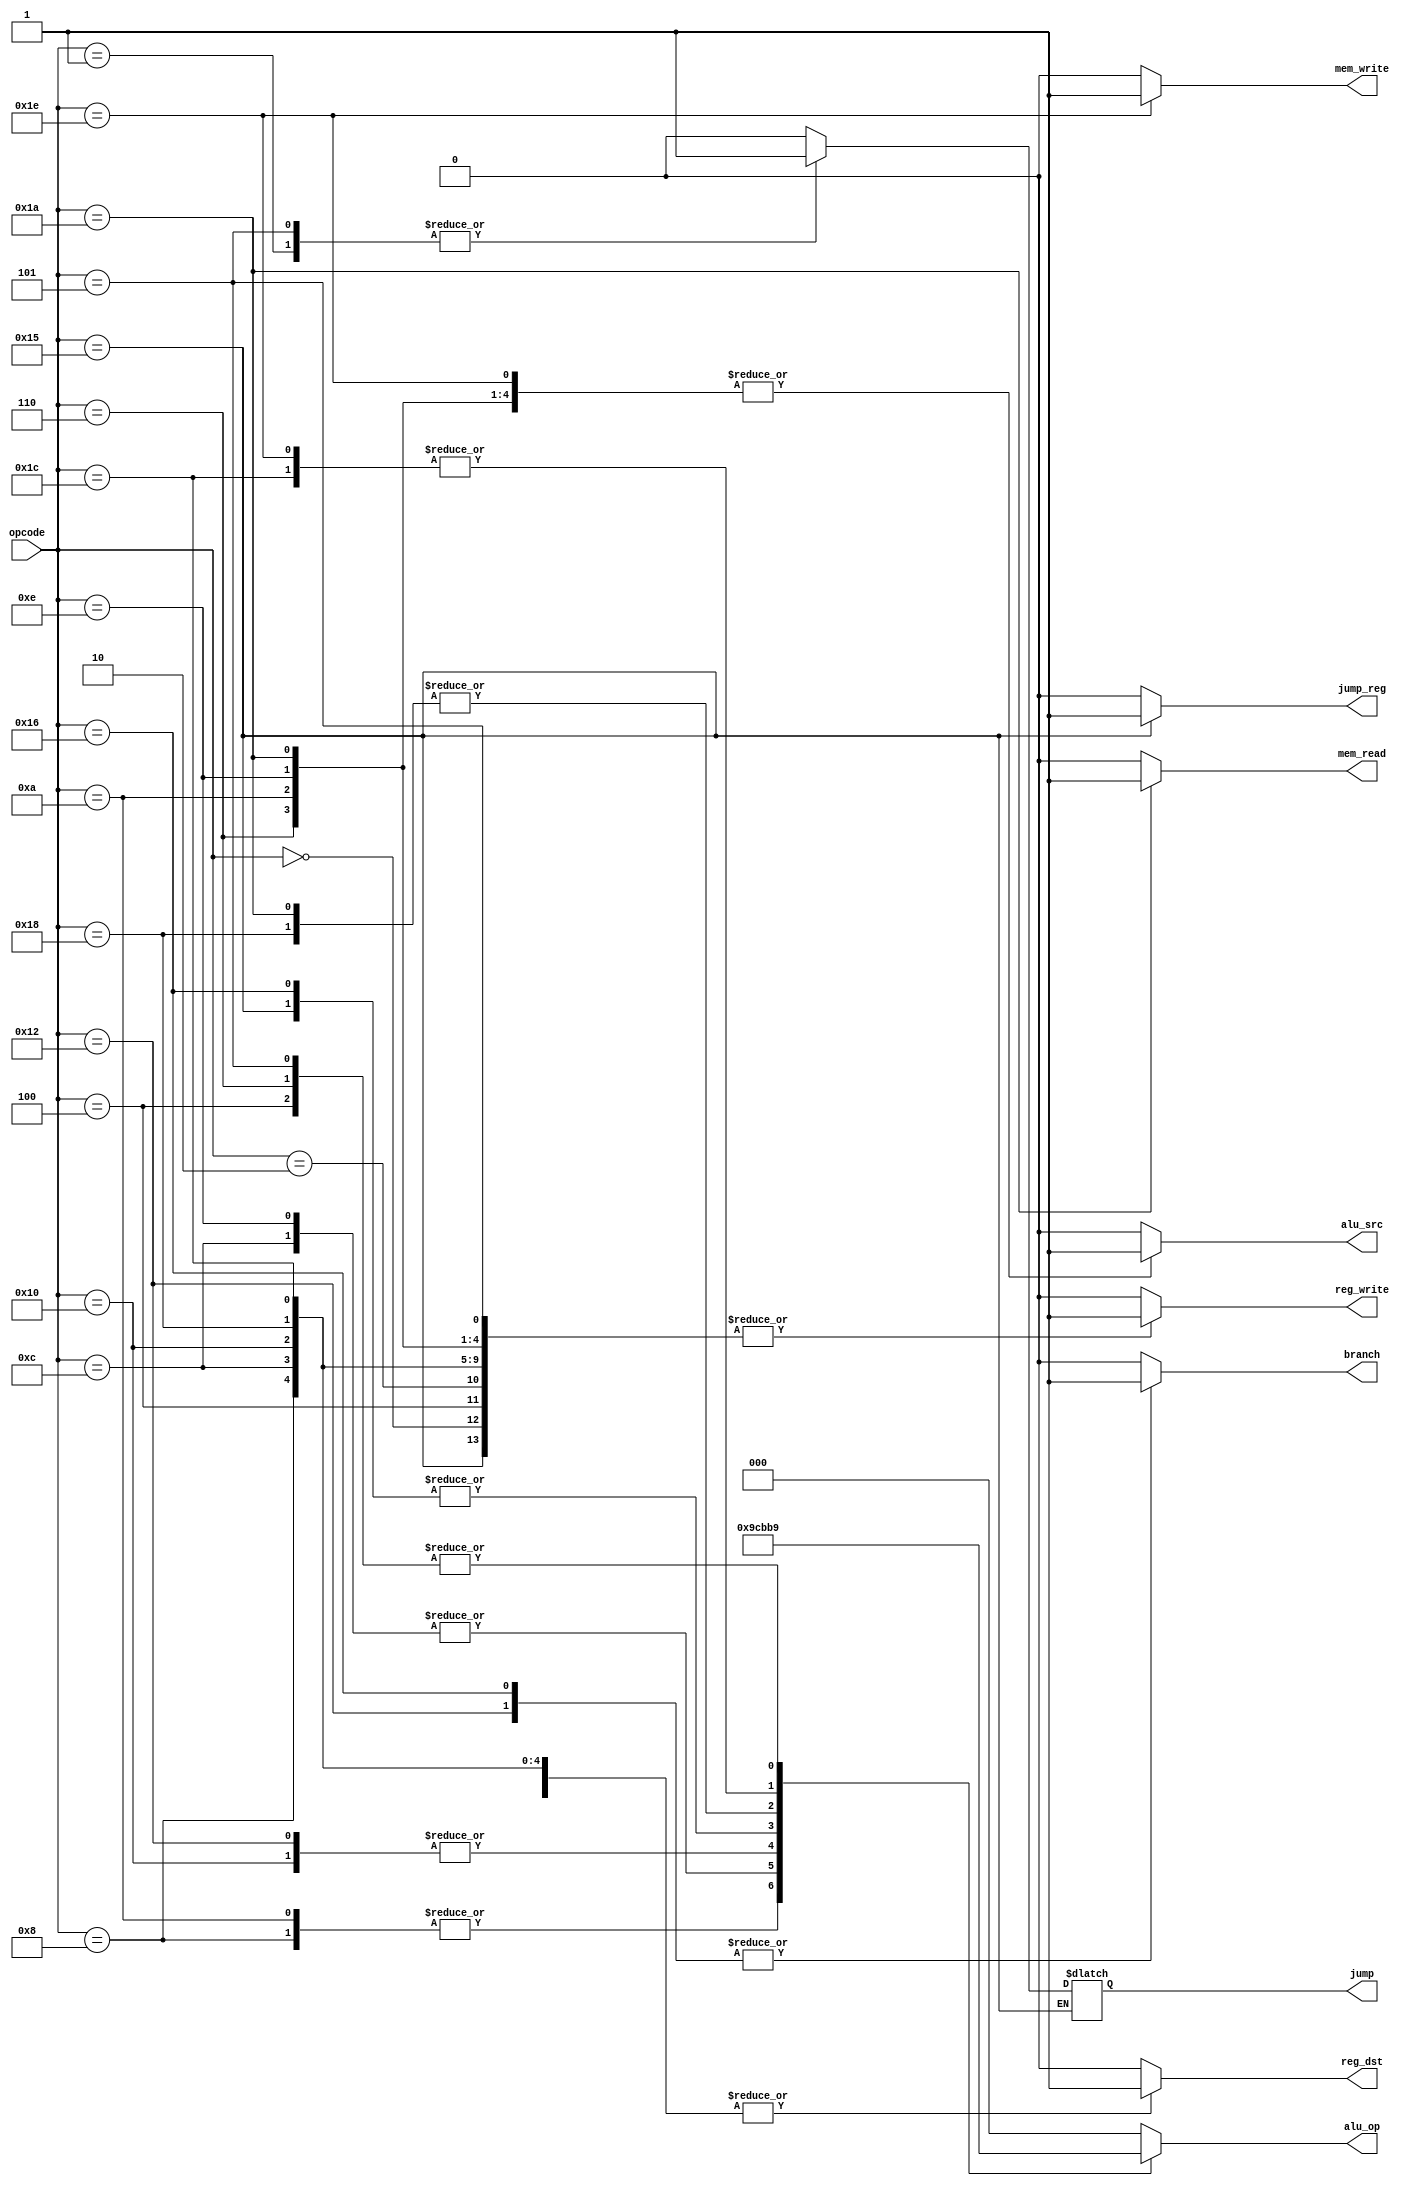
`timescale 1ns / 1ps

  module ControlUnit (
  input [4:0] opcode,
  output reg reg_dst,
  output reg alu_src,
  output reg reg_write,
  output reg mem_read,
  output reg mem_write,
  output reg branch,
  output reg [2:0] alu_op,
  output reg jump_reg,
  output reg jump
);

  always @(*) begin
    case (opcode)
      
	//R-Type
		
		5'b00000: begin   //add
			reg_dst = 1;
			alu_src = 0;
			reg_write = 1;
			mem_read = 0;
			mem_write = 0;
			branch = 0;
			alu_op = 3'b000;  
			jump = 0;
			jump_reg = 0;
      end
		
		5'b00100: begin   //and
			reg_dst = 1;
			alu_src = 0;
			reg_write = 1;
			mem_read = 0;
			mem_write = 0;
			branch = 0;
			alu_op = 3'b001;  
			jump = 0;
			jump_reg = 0;
      end
		5'b01000: begin   //sub
			reg_dst = 1;
			alu_src = 0;
			reg_write = 1;
			mem_read = 0;
			mem_write = 0;
			branch = 0;
			alu_op = 3'b010;  
			jump = 0;
			jump_reg = 0;
      end
		5'b01100: begin   //or
			reg_dst = 1;
			alu_src = 0;
			reg_write = 1;
			mem_read = 0;
			mem_write = 0;
			branch = 0;
			alu_op = 3'b011;  
			jump = 0;
			jump_reg = 0;
      end
		5'b10000: begin   //xor
			reg_dst = 1;
			alu_src = 0;
			reg_write = 1;
			mem_read = 0;
			mem_write = 0;
			branch = 0;
			alu_op = 3'b100;  
			jump = 0;
			jump_reg = 0;
      end
		5'b11000: begin   //sll
			reg_dst = 1;
			alu_src = 0;
			reg_write = 1;
			mem_read = 0;
			mem_write = 0;
			branch = 0;
			alu_op = 3'b110;  
			jump = 0;
			jump_reg = 0;
      end
		5'b11100: begin   //srl
			reg_dst = 1;
			alu_src = 0;
			reg_write = 1;
			mem_read = 0;
			mem_write = 0;
			branch = 0;
			alu_op = 3'b111;  
			jump = 0;
			jump_reg = 0;
      end
				
		5'b10101: begin   //jr
			reg_dst = 1;
			alu_src = 0;
			reg_write = 1;
			mem_read = 0;
			mem_write = 0;
			branch = 0;
			alu_op = 3'b101;  
			jump_reg = 1;
      end
	
	//I-Type
	
     5'b00010: begin   //addi
			reg_dst = 0;
			alu_src = 1;
			reg_write = 1;
			mem_read = 0;
			mem_write = 0;
			branch = 0;
			alu_op = 3'b000;  
			jump = 0;
			jump_reg = 0;
      end
		5'b00110: begin   //andi
			reg_dst = 0;
			alu_src = 1;
			reg_write = 1;
			mem_read = 0;
			mem_write = 0;
			branch = 0;
			alu_op = 3'b001;  
			jump = 0;
			jump_reg = 0;
      end
		5'b01010: begin   //subi
			reg_dst = 0;
			alu_src = 1;
			reg_write = 1;
			mem_read = 0;
			mem_write = 0;
			branch = 0;
			alu_op = 3'b010;  
			jump = 0;
			jump_reg = 0;
      end
		5'b01110: begin   //ori
			reg_dst = 0;
			alu_src = 1;
			reg_write = 1;
			mem_read = 0;
			mem_write = 0;
			branch = 0;
			alu_op = 3'b011;  
			jump = 0;
			jump_reg = 0;
      end
		5'b10010: begin   //beq
			reg_dst = 0;
			alu_src = 0;
			reg_write = 0;
			mem_read = 0;
			mem_write = 0;
			branch = 1;
			alu_op = 3'b100;  
			jump = 0;
			jump_reg = 0;
      end
		5'b10110: begin   //bne
			reg_dst = 0;
			alu_src = 0;
			reg_write = 0;
			mem_read = 0;
			mem_write = 0;
			branch = 1;
			alu_op = 3'b101;  
			jump = 0;
			jump_reg = 0;
      end
		5'b11010: begin   //lw
			reg_dst = 0;
			alu_src = 1;
			reg_write = 1;
			mem_read = 1;
			mem_write = 0;
			branch = 0;
			alu_op = 3'b110;  
			jump = 0;
			jump_reg = 0;
      end
		5'b11110: begin   //sw
			reg_dst = 0;
			alu_src = 1;
			reg_write = 0;
			mem_read = 0;
			mem_write = 1;
			branch = 0;
			alu_op = 3'b111;  
			jump = 0;
			jump_reg = 0;
      end
		
		//J-Type
		
		5'b00001: begin   //j
			reg_dst = 0;
			alu_src = 0;
			reg_write = 0;
			mem_read = 0;
			mem_write = 0;
			branch = 0;
			alu_op = 3'b000;  
			jump = 1;
			jump_reg = 0;
      end
		5'b00101: begin   //jal
			reg_dst = 0;
			alu_src = 0;
			reg_write = 1;
			mem_read = 0;
			mem_write = 0;
			branch = 0;
			alu_op = 3'b001;  
			jump = 1;
			jump_reg = 0;
      end
		

      default: begin
        alu_op = 3'b000;   // default values
        alu_src = 0;
        reg_write = 0;
        jump_reg = 0;
        branch = 0;
        mem_read = 0;
        mem_write = 0;
        reg_dst = 0;
        jump = 0;
      end
    endcase
  end

endmodule